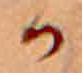
か